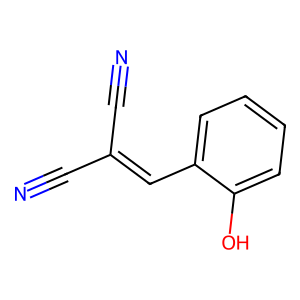
SMILES: N#CC(C#N)=Cc1ccccc1O
Inhibits HIV replication: No